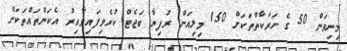
މިނިވަން 50 ގެ ހަރަކާތްތަކަށް 150 މިލިއަން ރުފިޔާ ބަޖެޓް ކުރެވިފައިވާއިރު އެކަންތައްތަކަށް